Indian journal of veterinary science and animal husbandry - Volume 11,
Year: 1941
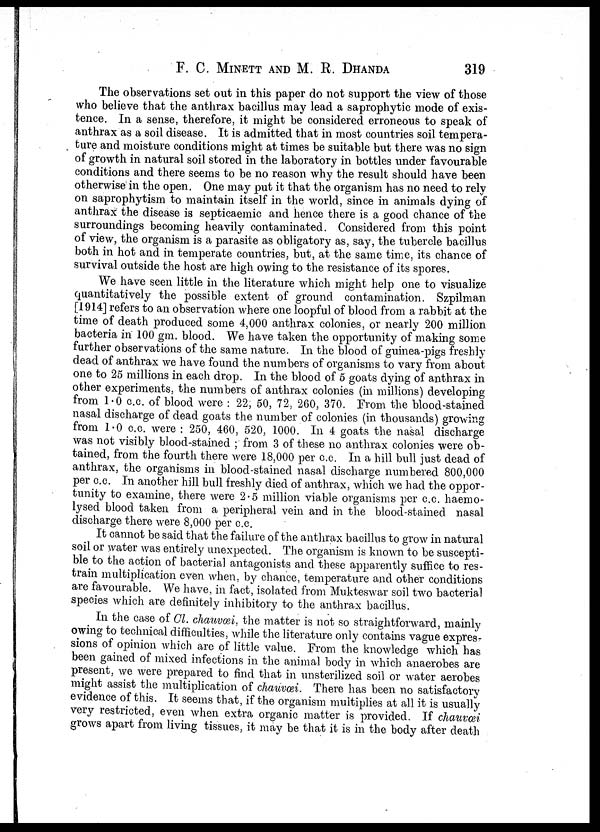
F. C. MINETT AND M. R. DHANDA
319
The observations set out in this paper do not support the view of those
who believe that the anthrax bacillus may lead a saprophytic mode of exis-
tence. In a sense, therefore, it might be considered erroneous to speak of
anthrax as a soil disease. It is admitted that in most countries soil tempera-
ture and moisture conditions might at times be suitable but there was no sign
of growth in natural soil stored in the laboratory in bottles under favourable
conditions and there seems to be no reason why the result should have been
otherwise in the open. One may put it that the organism has no need to rely
on saprophytism to maintain itself in the world, since in animals dying of
anthrax the disease is septicaemic and hence there is a good chance of the
surroundings becoming heavily contaminated. Considered from this point
of view, the organism is a parasite as obligatory as, say, the tubercle bacillus
both in hot and in temperate countries, but, at the same time, its chance of
survival outside the host are high owing to the resistance of its spores.
We have seen little in the literature which might help one to visualize
quantitatively the possible extent of ground contamination. Szpilman
[1914] refers to an observation where one loopful of blood from a rabbit at the
time of death produced some 4,000 anthrax colonies, or nearly 200 million
bacteria in 100 gm. blood. We have taken the opportunity of making some
further observations of the same nature. In the blood of guinea-pigs freshly
dead of anthrax we have found the numbers of organisms to vary from about
one to 25 millions in each drop. In the blood of 5 goats dying of anthrax in
other experiments, the numbers of anthrax colonies (in millions) developing
from 1.0 c.c. of blood were : 22, 50, 72, 260, 370. From the blood-stained
nasal discharge of dead goats the number of colonies (in thousands) growing
from 1.0 c.c. were : 250, 460, 520, 1000. In 4 goats the nasal discharge
was not visibly blood-stained ; from 3 of these no anthrax colonies were ob-
tained, from the fourth there were 18,000 per c.c. In a hill bull just dead of
anthrax, the organisms in blood-stained nasal discharge numbered 800,000
per c.c. In another hill bull freshly died of anthrax, which we had the oppor-
tunity to examine, there were 2.5 million viable organisms per c.c. haemo¬
lysed blood taken from a peripheral vein and in the blood-stained nasal
discharge there were 8,000 per c.c.
It cannot be said that the failure of the anthrax bacillus to grow in natural
soil or water was entirely unexpected. The organism is known to be suscepti-
ble to the action of bacterial antagonists and these apparently suffice to res-
train multiplication even when, by chance, temperature and other conditions
are favourable. We have, in fact, isolated from Mukteswar soil two bacterial
species which are definitely inhibitory to the anthrax bacillus.
In the case of Cl. chauvœi, the matter is not so straightforward, mainly
owing to technical difficulties, while the literature only contains vague expres-
sions of opinion which are of little value. From the knowledge which has
been gained of mixed infections in the animal body in which anaerobes are
present, we were prepared to find that in unsterilized soil or water aerobes
might assist the multiplication of chauvœi. There has been no satisfactory
evidence of this. It seems that, if the organism multiplies at all it is usually
very restricted, even when extra organic matter is provided. If chauvœi
grows apart from living tissues, it may be that it is in the body after death